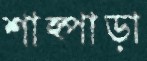
শাহ্পাড়া